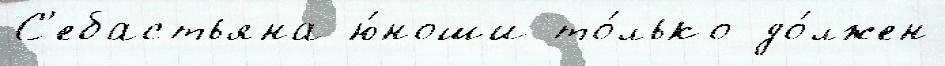
С'ебастьяна ю́ноши то́лько до́лжен